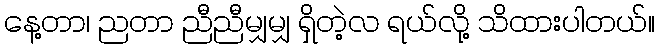
နေ့တာ၊ ညတာ ညီညီမျှမျှ ရှိတဲ့လ ရယ်လို့ သိထားပါတယ်။